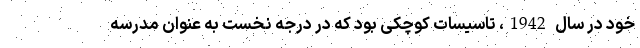
خود در سال 1942، تاسیسات کوچکی بود که در درجه نخست به عنوان مدرسه